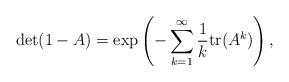
LaTeX: \begin{align*}\det(1-A) = \exp\left( -\sum_{k=1}^\infty \frac{1}{k} \mathrm{tr}(A^k) \right),\end{align*}